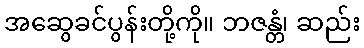
အဆွေခင်ပွန်းတို့ကို။ ဘဇန္တံ၊ ဆည်း